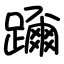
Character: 躎